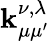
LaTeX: \operatorname{\mathbf{k}}_{\mu\mu^{\prime}}^{\nu,\lambda}